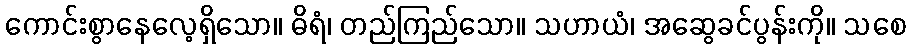
ကောင်းစွာနေလေ့ရှိသော။ ဓိရံ၊ တည်ကြည်သော။ သဟာယံ၊ အဆွေခင်ပွန်းကို။ သစေ